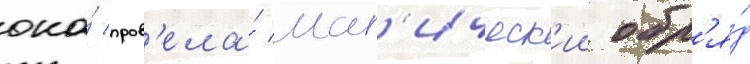
она́ пров'ела́ маг'ическ'ии обр'я́д